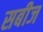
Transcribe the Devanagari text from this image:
सबीज